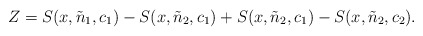
\begin{align*}Z= S(x,\tilde{n}_{1},c_{1})-S(x,\tilde{n}_{2},c_{1}) + S(x,\tilde{n}_{2},c_{1})-S(x,\tilde{n}_{2},c_{2}).\end{align*}